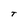
Character: T